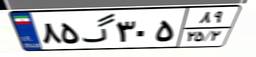
۳۳گ۵۴۶۶۶